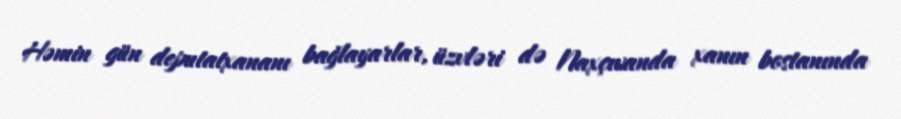
Həmin gün deputatxananı bağlayarlar, üzvləri də Naxçıvanda xanın bostanında